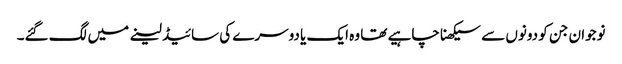
نوجوان جن کو دونوں سے سیکھنا چاہیے تھا وہ ایک یا دوسرے کی سائیڈ لینے میں لگ گئے۔